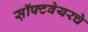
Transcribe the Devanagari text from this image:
स़ॉफ्टवेयरचे